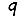
Digit: 9